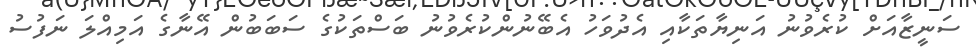
ސަނީޒާއަށް ކުރެވުނު އަނިޔާތަކާއި އެދުވަހު އެބޭނުންކުރެވުނު ބަސްތަކުގެ ސަބަަބުން އޭނާގެ އަމިއްލަ ނަފުސު